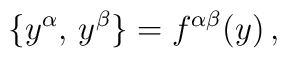
\bigl\{y^\alpha,\,y^\beta\bigr\}=f^{\alpha\beta}(y)\,,